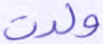
ولدت